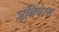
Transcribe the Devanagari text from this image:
जूनिपेरस